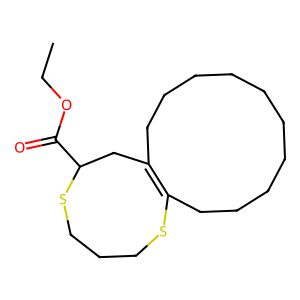
SMILES: CCOC(=O)C1CC2=C(CCCCCCCCCC2)SCCCS1
Inhibits HIV replication: No